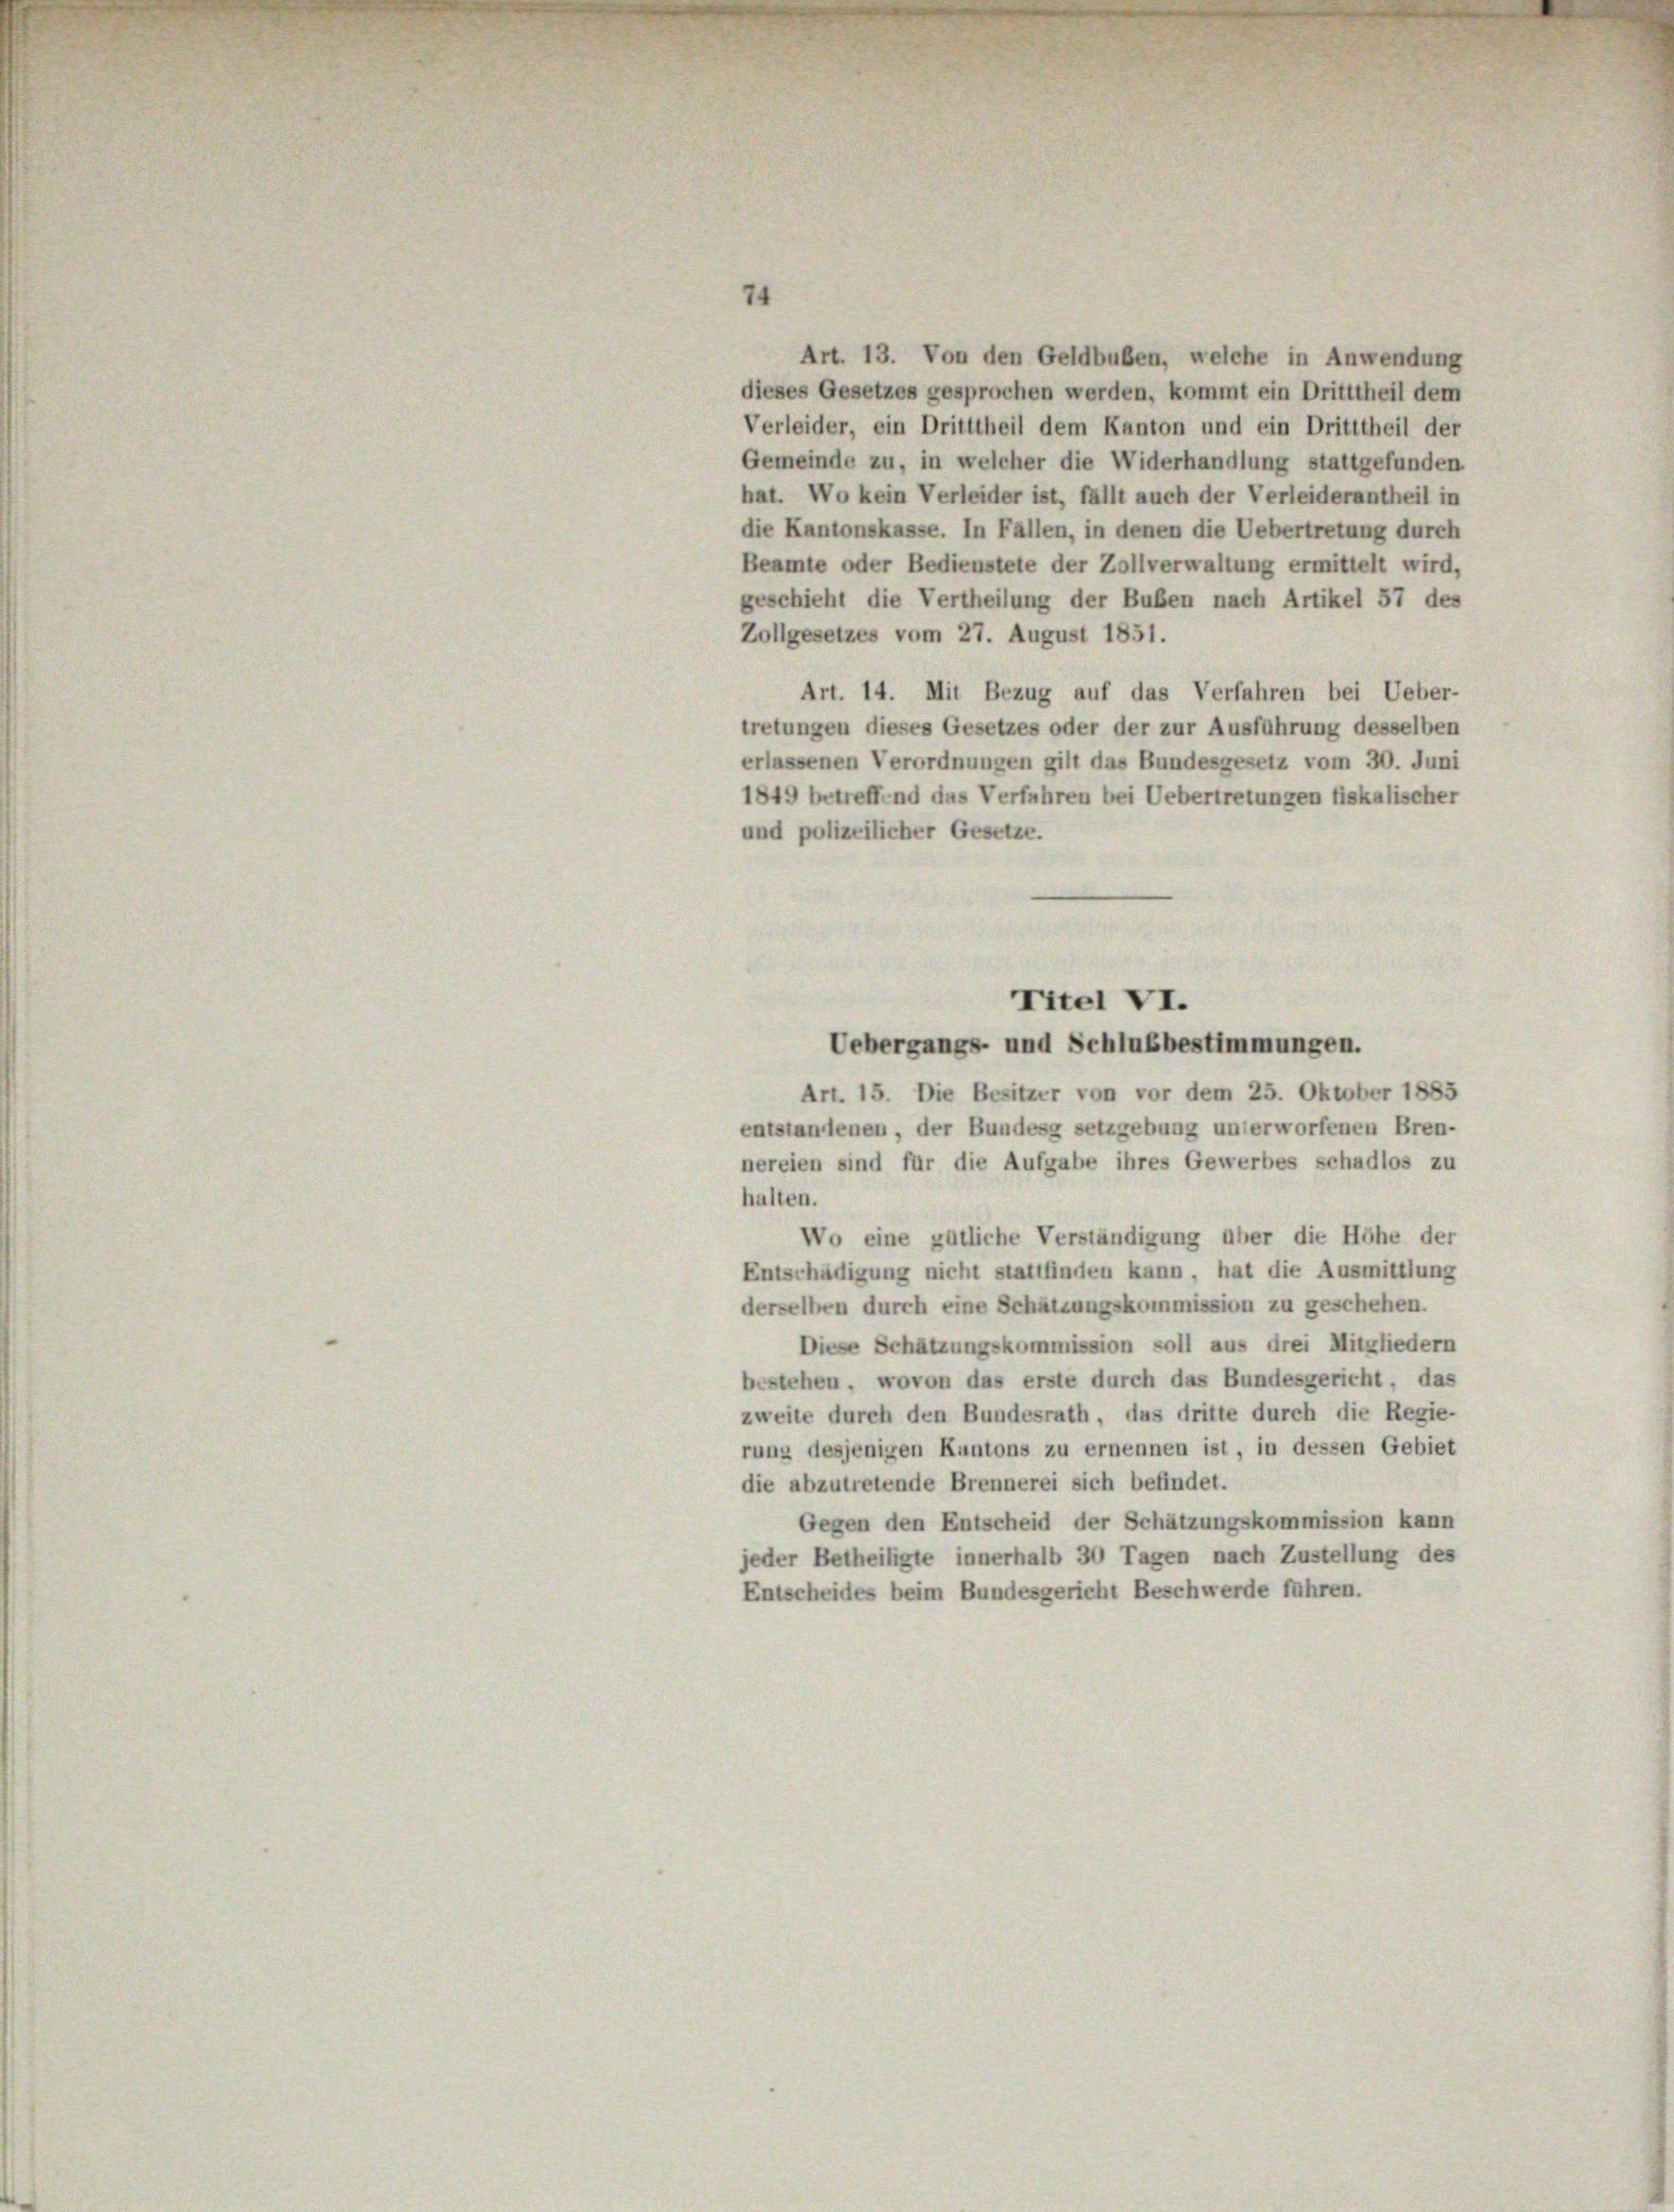
7.

Art. 13. Von den Geldbuben, welche in Anwendung
dieses Gesetzes gesprochen werden, kommt ein Dritttheil dem
Verleider, ein Dritttheil dem Kanton und ein Dritttheil der
Gemeinde zu, in welcher die Widerhandlung stattgefunden
hat. Wo kein Verleider ist, fällt auch der Verleiderantheil in
die Kantonskasse. In Fallen, in denen die Uebertretung durch
Beamte oder Bedienstete der Zollverwaltung ermittelt wird,
geschieht die Vertheilung der Buben nach Artikel 57 des
Zollgesetzes vom 27. August 1851.
Art. 14. Mit Bezug auf das Verfahren bei Ueber-
tretungen dieses Gesetzes oder der zur Ausführung desselben
erlassenen Verordnungen gilt das Bundesgesetz vom 30. Juni
1849 betreffend das Verfahren bei Uebertretungen fiskalischer
und polizeilicher Gesetze.
Uebergangs- und Schlußbestimmungen.
Art. 15. Die Besitzer von vor dem 25. Oktober 1885
entstandenen, der Bundesg setzgebung unterworfenen Bren-
nereien sind für die Aufgabe ihres Gewerbes schadlos zu
halten.
Wo eine gütliche Verständigung über die Höhe der
Entschädigung nicht stattfinden kann, hat die Ausmittlung
derselben durch eine Schätzungskommission zu geschehen.
Diese Schätzungskommission soll aus drei Mitgliedern
bestehen, wovon das erste durch das Bundesgericht, das
zweite durch den Bundesrath, das dritte durch die Regie-
rung desjenigen Kantons zu ernennen ist, in dessen Gebiet
die abzutretende Brennerei sich befindet.
Gegen den Entscheid der Schätzungskommission kann
jeder Betheiligte innerhalb 30 Tagen nach Zustellung des
Entscheides beim Bundesgericht Beschwerde führen.

Titel VI.